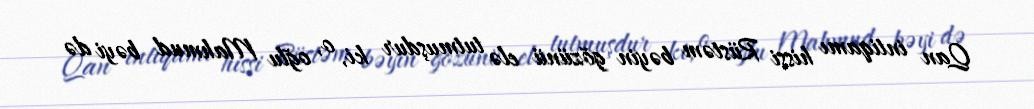
Qan intiqamı hissi Rüstəm bəyin gözünü elə tutmuşdur ki, o, oğlu Mahmud bəyi də